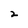
Character: 2